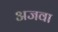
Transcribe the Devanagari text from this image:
अजवा